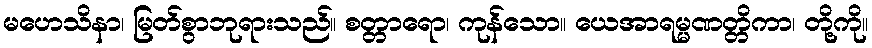
မဟေသိနာ၊ မြတ်စွာဘုရားသည်။ စတ္တာရော၊ ကုန်သော။ ယေအာရမ္မဏတ္တိကာ၊ တို့ကို။